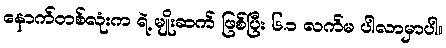
နောက်တစ်လုံးက ရဲ့ မျိုးဆက် ဖြစ်ပြီး ၆.၁ လက်မ ပါလာမှာပါ။